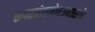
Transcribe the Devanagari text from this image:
सगळ्यांसमोरउभारतो